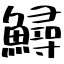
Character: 鱘